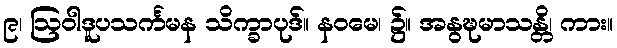
၉၊ ဩဝါဒူပသင်္ကမန သိက္ခာပုဒ်။ နဝမေ၊ ၌။ အနွဍ္ဎမာသန္တိ၊ ကား။